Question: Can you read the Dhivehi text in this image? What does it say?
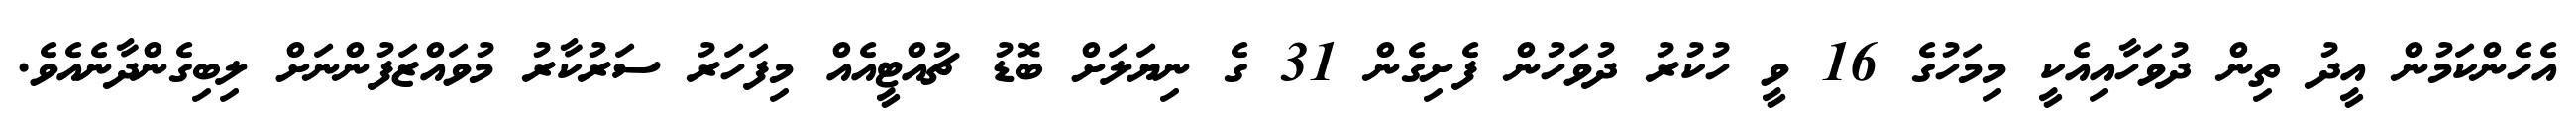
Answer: އެހެންކަމުން އީދު ތިން ދުވަހާއިއެކީ މިމަހުގެ 16 ވީ ހުކުރު ދުވަހުން ފެށިގެން 31 ގެ ނިޔަލަށް ބޮޑު ޗުއްޓީއެއް މިފަހަރު ސަރުކާރު މުވައްޒަފުންނަށް ލިބިގެންދާނެއެވެ.